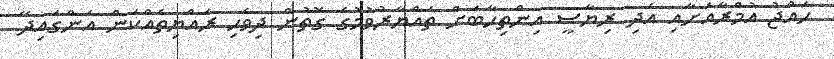
ހައްޖު އުމްރާއަށާއި އަދި ރިޔާސީ އިންތިހާބަށް ތައްޔާރުވުމުގެ ގޮތުން ދިވެހި ރައްޔިތެއްކަން އަންގައިދޭ